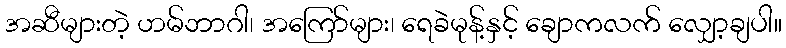
အဆီများတဲ့ ဟမ်ဘာဂါ၊ အကြော်များ၊ ရေခဲမုန့်နှင့် ချောကလက် လျှော့ချပါ။